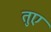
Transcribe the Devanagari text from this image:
तुए